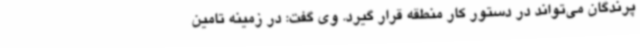
پرندگان می‌تواند در دستور کار منطقه قرار گیرد. وی گفت: در زمینه تامین